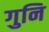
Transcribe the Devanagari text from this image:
गुनि